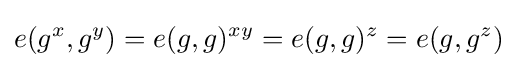
e(g^{x},g^{y})=e(g,g)^{xy}=e(g,g)^{z}=e(g,g^{z})